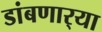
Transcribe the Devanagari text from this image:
डांबणार्‍या